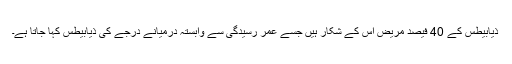
ذیابیطس کے 40 فیصد مریض اس کے شکار ہیں جسے عمر رسیدگی سے وابستہ درمیانے درجے کی ذیابیطس کہا جاتا ہے۔